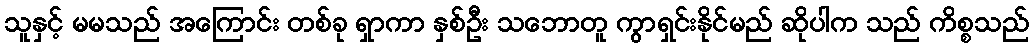
သူနှင့် မမသည် အကြောင်း တစ်ခု ရှာကာ နှစ်ဦး သဘောတူ ကွာရှင်းနိုင်မည် ဆိုပါက သည် ကိစ္စသည်